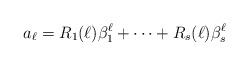
LaTeX: \begin{align*}a_{\ell}=R_1(\ell)\beta_1^{\ell}+\cdots+R_s(\ell)\beta_s^{\ell}\end{align*}